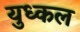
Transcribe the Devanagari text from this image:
युध्कल